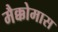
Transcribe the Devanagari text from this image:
मैक्कोमास